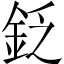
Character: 𨥧